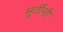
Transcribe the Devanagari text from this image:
मूर्तीसी